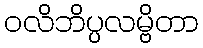
ဝလိဘိပ္ပလမ္ဗိတာ